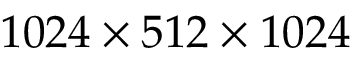
1 0 2 4 \times 5 1 2 \times 1 0 2 4